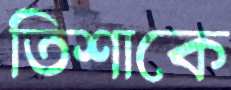
তিশাকে